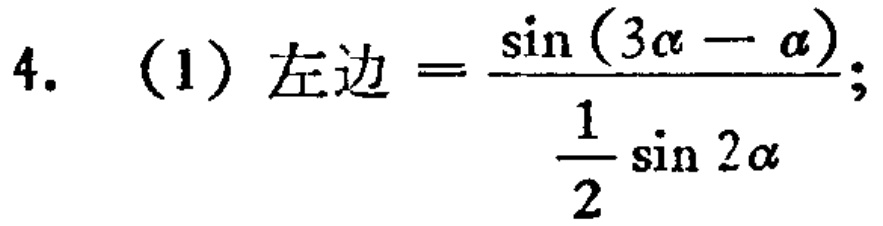
4. （1）左边$=\frac{\sin(3\alpha - \alpha)}{\frac{1}{2}\sin 2\alpha};$